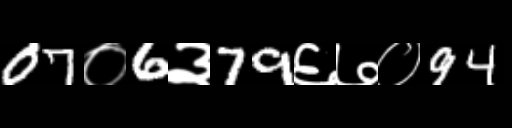
Text: 07०6३79६७०94